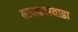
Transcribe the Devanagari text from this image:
सावकारवाडा